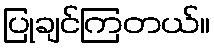
ပြုချင်ကြတယ်။